Vabadussoja_Ajaloo_Komitee, lk 78
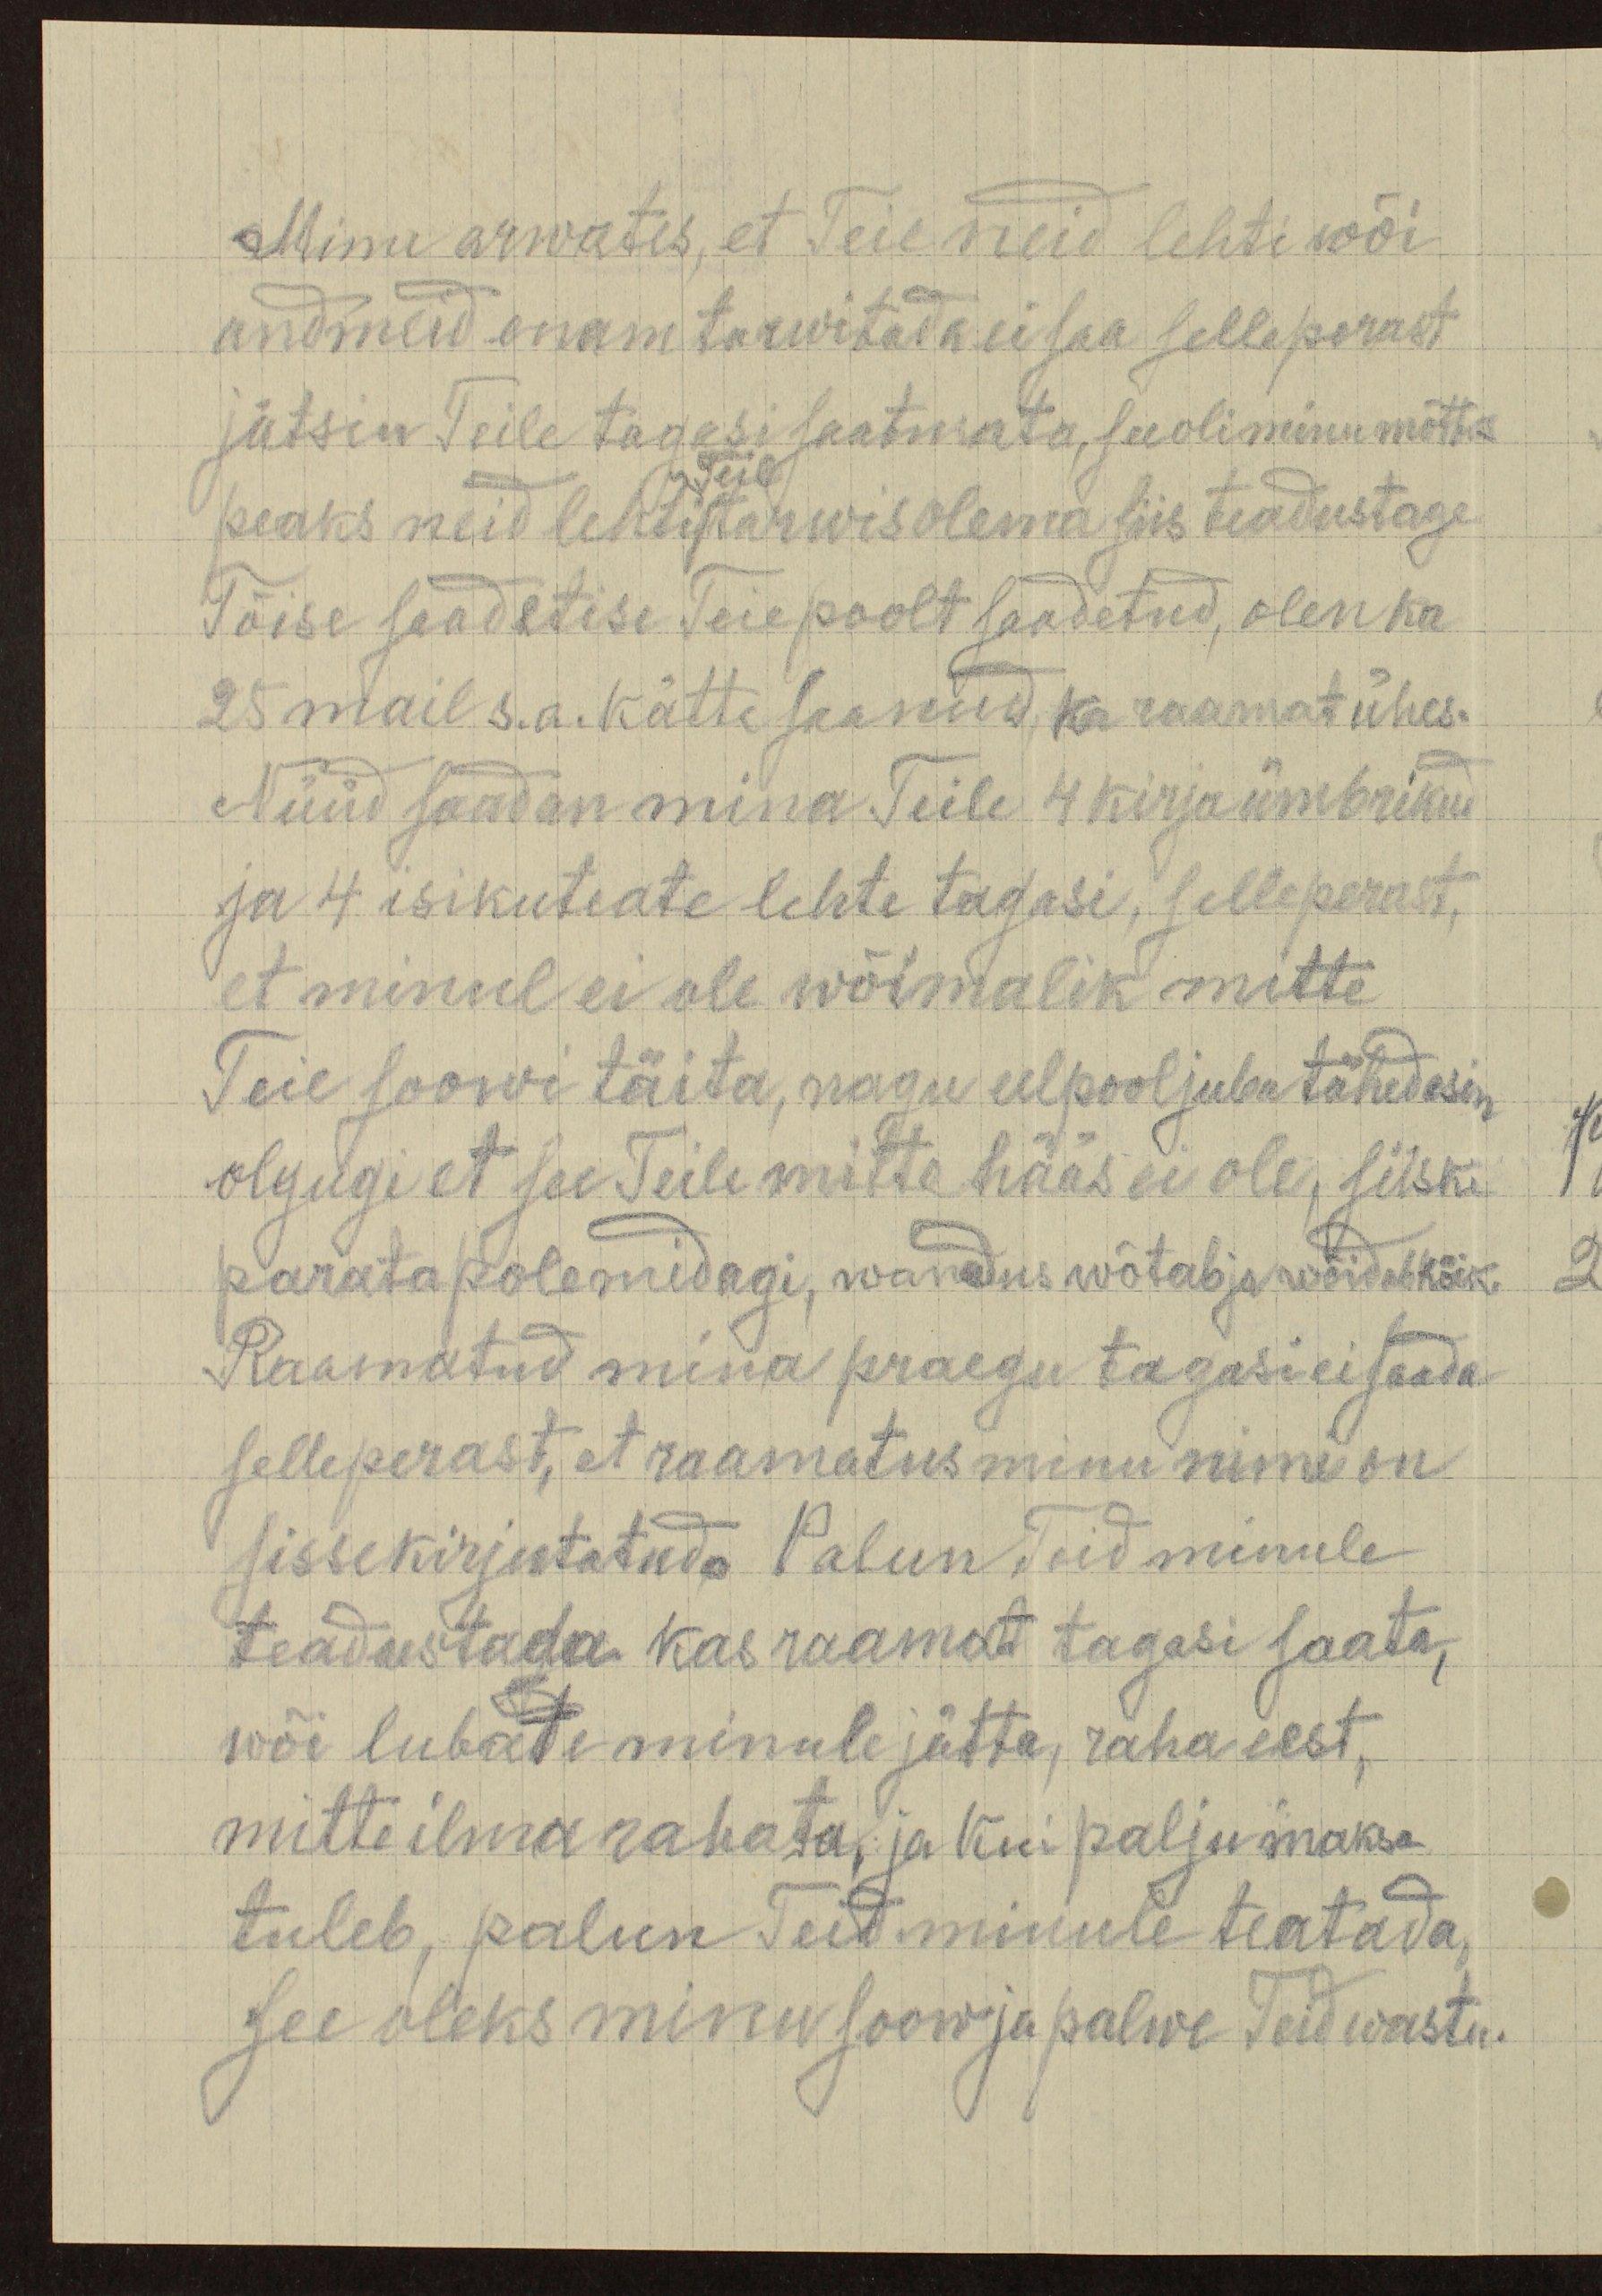
Minu arwates, et Teie neid lehti wõi
andmeid enam tarwitada ei saa selleperast
jätsin Teile tagasi saatmata, see oli minu mõttes
Teil
peaks neid lehti tarwis olema siis teadustage
Tõise saadetise Teie poolt saadetud, olen ka
25 mail s.a. kätte saanud ka raamat ühes.
Nüüd saadan mina Teile 4 kirjaümbrikud
ja 4 isikuteate lehte tagasi, selleperast,
et minul ei ole wõimalik mitte
Teie soowi täita, nagu eelpooljuba tähendasin
olgugi et see Teile mitte hääs ei ole, siiski
parata pole midagi, wanadus wõtab ja wõidab kõik
Raamatud mina praegu tagasi ei saada
selleperast, et raamatus minu nimi on
sissekirjutatud Palun Teid minule
teadustada kas raamat tagasi saata,
wõi lubate minule jätta, raha eest,
mitte ilma rahata, ja kui palju maksa
tuleb, palun Teid minule teatada.
See oleks minu soow ja palwe Teid wastu.